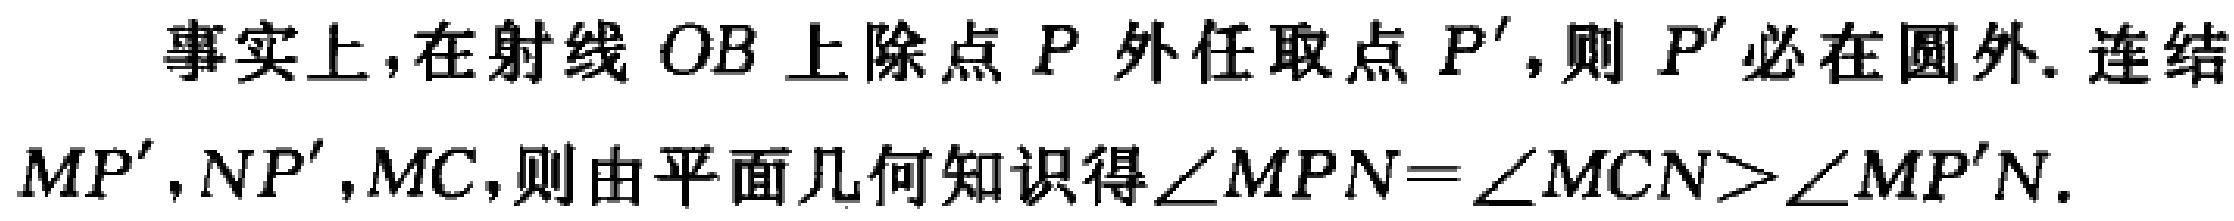
事实上,在射线 \(OB\) 上除点 \(P\) 外任取点 \(P'\),则 \(P'\) 必在圆外. 连结 \(MP',NP',MC\),则由平面几何知识得\(\angle MPN = \angle MCN>\angle MP'N\).